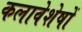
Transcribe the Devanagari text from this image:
कलावेशेषों